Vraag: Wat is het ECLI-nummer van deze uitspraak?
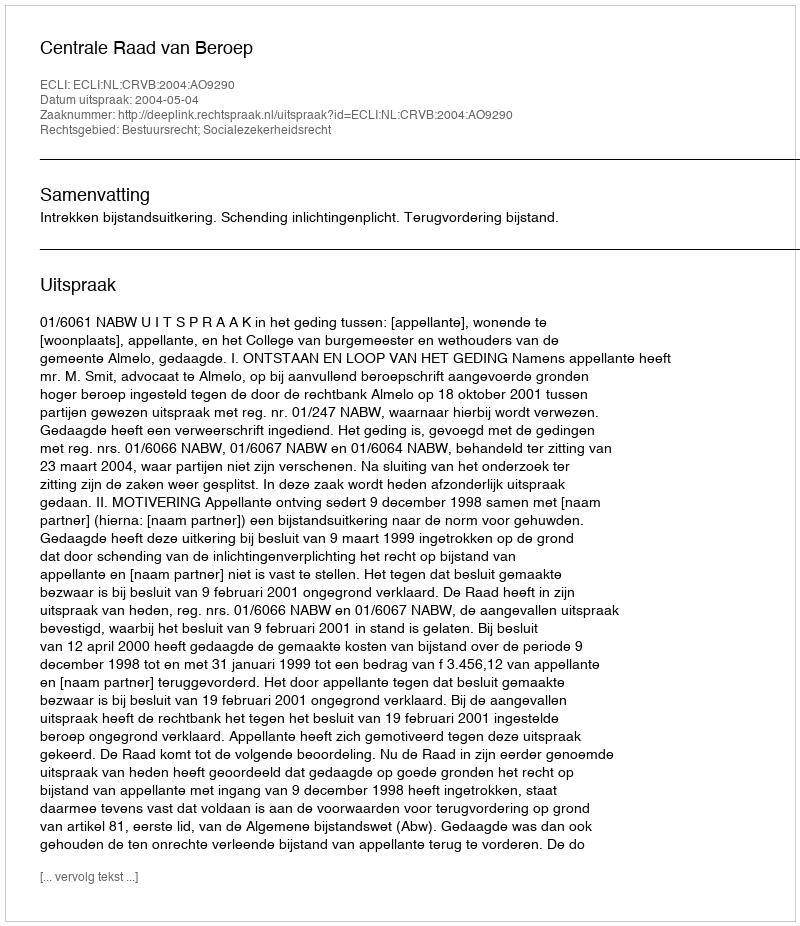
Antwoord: ECLI:NL:CRVB:2004:AO9290